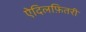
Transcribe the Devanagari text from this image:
ऐदिलफ़ितरी